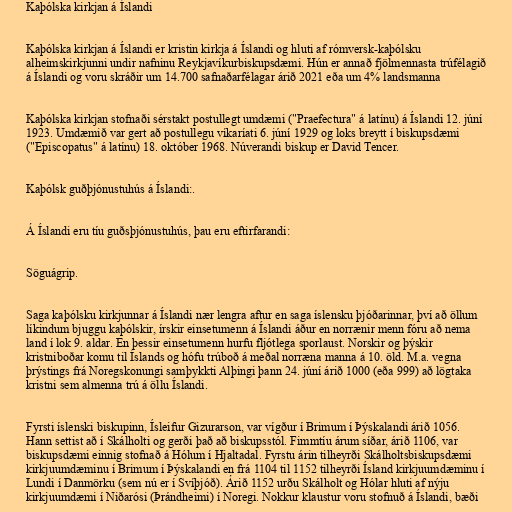
Kaþólska kirkjan á Íslandi

Kaþólska kirkjan á Íslandi er kristin kirkja á Íslandi og hluti af rómversk-kaþólsku
alheimskirkjunni undir nafninu Reykjavíkurbiskupsdæmi. Hún er annað fjölmennasta trúfélagið
á Íslandi og voru skráðir um 14.700 safnaðarfélagar árið 2021 eða um 4% landsmanna

Kaþólska kirkjan stofnaði sérstakt postullegt umdæmi ("Praefectura" á latínu) á Íslandi 12. júní
1923. Umdæmið var gert að postullegu víkaríati 6. júní 1929 og loks breytt í biskupsdæmi
("Episcopatus" á latínu) 18. október 1968. Núverandi biskup er David Tencer.

Kaþólsk guðþjónustuhús á Íslandi:.

Á Íslandi eru tíu guðsþjónustuhús, þau eru eftirfarandi:

Söguágrip.

Saga kaþólsku kirkjunnar á Íslandi nær lengra aftur en saga íslensku þjóðarinnar, því að öllum
líkindum bjuggu kaþólskir, írskir einsetumenn á Íslandi áður en norrænir menn fóru að nema
land í lok 9. aldar. En þessir einsetumenn hurfu fljótlega sporlaust. Norskir og þýskir
kristniboðar komu til Íslands og hófu trúboð á meðal norræna manna á 10. öld. M.a. vegna
þrýstings frá Noregskonungi samþykkti Alþingi þann 24. júní árið 1000 (eða 999) að lögtaka
kristni sem almenna trú á öllu Íslandi.

Fyrsti íslenski biskupinn, Ísleifur Gizurarson, var vígður í Brimum í Þýskalandi árið 1056.
Hann settist að í Skálholti og gerði það að biskupsstól. Fimmtíu árum síðar, árið 1106, var
biskupsdæmi einnig stofnað á Hólum í Hjaltadal. Fyrstu árin tilheyrði Skálholtsbiskupsdæmi
kirkjuumdæminu í Brimum í Þýskalandi en frá 1104 til 1152 tilheyrði Ísland kirkjuumdæminu í
Lundi í Danmörku (sem nú er í Svíþjóð). Árið 1152 urðu Skálholt og Hólar hluti af nýju
kirkjuumdæmi í Niðarósi (Þrándheimi) í Noregi. Nokkur klaustur voru stofnuð á Íslandi, bæði